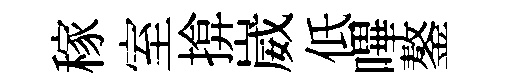
稼室揜崴低嗶鏊